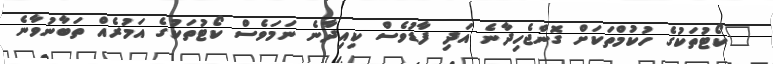
"ކޯޓުތަކުގެ ހުކުމްތަކަށް ގޮންޖެހިދާނެ އަދި ފާޑުވެސް ކިއިދާނެ ނަމަވެސް ކޯޓުތަކުގެ އަމުރެއް ތަބާނުވާނެ